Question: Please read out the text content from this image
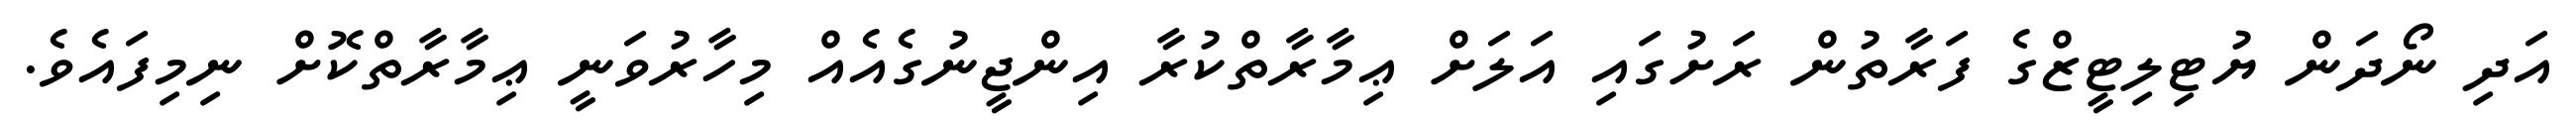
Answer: އަދި ނޯދަން ޔުޓިލިޓީޒްގެ ފަރާތުން ރަށުގައި އަލަށް ޢިމާރާތްކުރާ އިންޖީނުގެއެއް މިހާރުވަނީ ޢިމާރާތްކޮށް ނިމިފައެވެ.